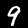
Digit: 9